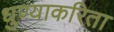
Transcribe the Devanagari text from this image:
धुण्याकरिता